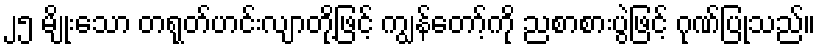
၂၅ မျိုးသော တရုတ်ဟင်းလျာတို့ဖြင့် ကျွန်တော့်ကို ညစာစားပွဲဖြင့် ဂုဏ်ပြုသည်။